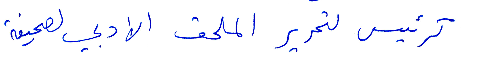
كرئيس لتحرير الملحق الادبي لصحيفة